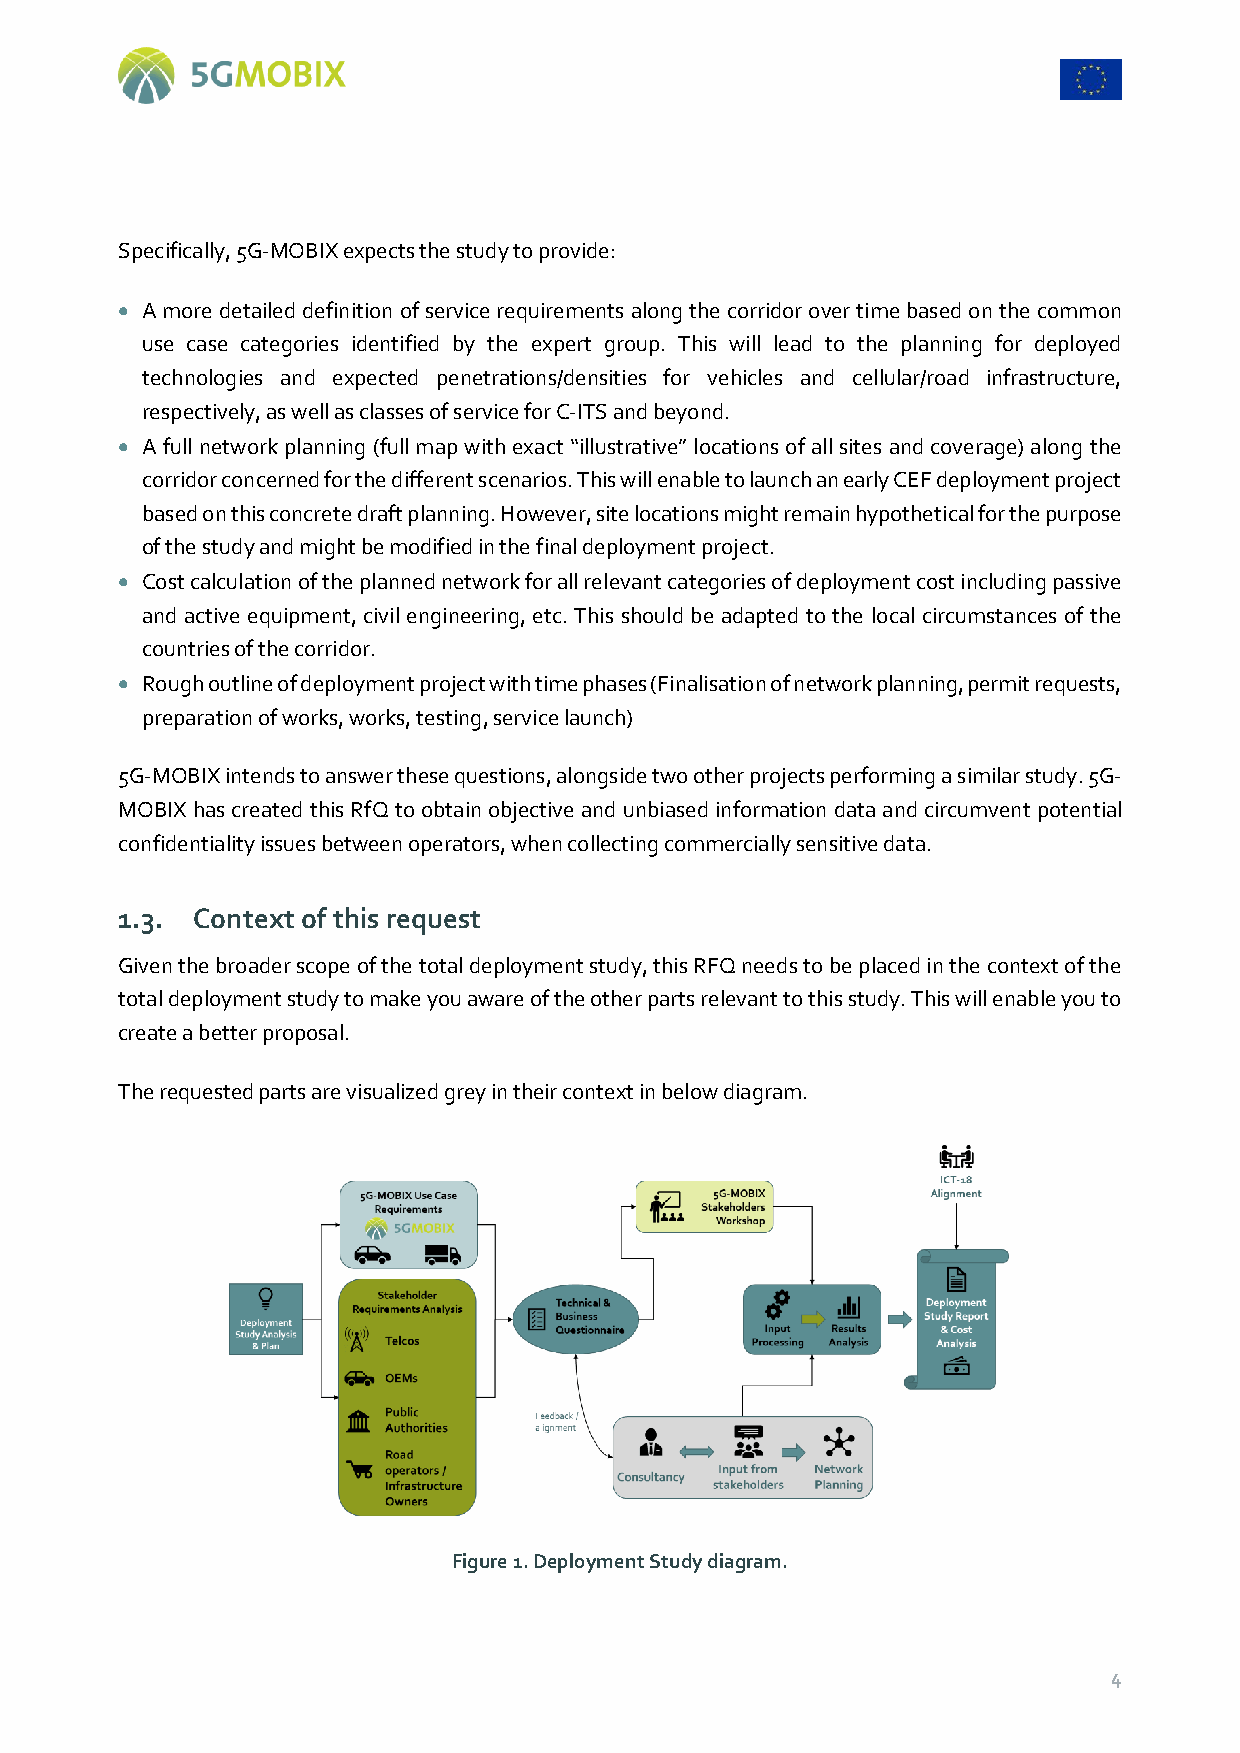
Specifically, 5G-MOBIX expects the study to provide:
  A more detailed definition of service requirements along the corridor over time based on the common
 use case categories identified by the expert group. This will lead to the planning for deployed
 technologies and expected penetrations/densities for vehicles and cellular/road infrastructure,
 respectively, as well as classes of service for C-ITS and beyond.
  A full network planning (full map with exact “illustrative” locations of all sites and coverage) along the
 corridor concerned for the different scenarios. This will enable to launch an early CEF deployment project
 based on this concrete draft planning. However, site locations might remain hypothetical for the purpose
 of the study and might be modified in the final deployment project.
  Cost calculation of the planned network for all relevant categories of deployment cost including passive
 and active equipment, civil engineering, etc. This should be adapted to the local circumstances of the
 countries of the corridor.
  Rough outline of deployment project with time phases (Finalisation of network planning, permit requests,
 preparation of works, works, testing, service launch)
 5G-MOBIX intends to answer these questions, alongside two other projects performing a similar study. 5G-
 MOBIX has created this RfQ to obtain objective and unbiased information data and circumvent potential
 confidentiality issues between operators, when collecting commercially sensitive data.
 1.3. Context of this request
 Given the broader scope of the total deployment study, this RFQ needs to be placed in the context of the
 total deployment study to make you aware of the other parts relevant to this study. This will enable you to
 create a better proposal.
 The requested parts are visualized grey in their context in below diagram.
 Figure 1. Deployment Study diagram.
 4